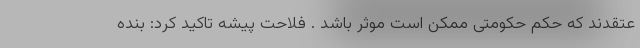
عتقدند که حکم حکومتی ممکن است موثر باشد . فلاحت پیشه تاکید کرد: بنده